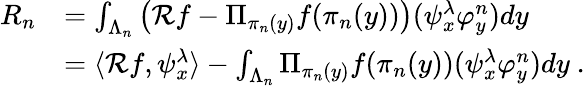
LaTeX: \begin{array}{rl}{R_{n}}&{=\int_{\Lambda_{n}}\big(\mathcal{R}f-\Pi_{\pi_{n}(y)}f(\pi_{n}(y))\big)(\psi_{x}^{\lambda}\varphi_{y}^{n})dy}\\ &{=\langle\mathcal{R}f,\psi_{x}^{\lambda}\rangle-\int_{\Lambda_{n}}\Pi_{\pi_{n}(y)}f(\pi_{n}(y))(\psi_{x}^{\lambda}\varphi_{y}^{n})dy\ .}\end{array}